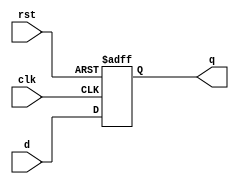
module dff(clk,d,q,rst);
input d,rst,clk;
output q;
reg q_copy;
always@(posedge clk or negedge rst)begin
    if(!rst)
    q_copy<=0;
    else 
    q_copy<=d;
end
assign q=q_copy;
endmodule